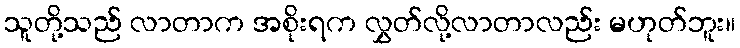
သူတို့သည် လာတာက အစိုးရက လွှတ်လို့လာတာလည်း မဟုတ်ဘူး။